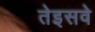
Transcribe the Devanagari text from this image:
तेइसवे